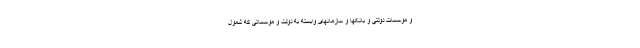
و موسسات دولتی و بانکها و سازمانهای وابسته به دولت و موسساتی که شمول